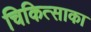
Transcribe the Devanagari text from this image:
चिकित्साका